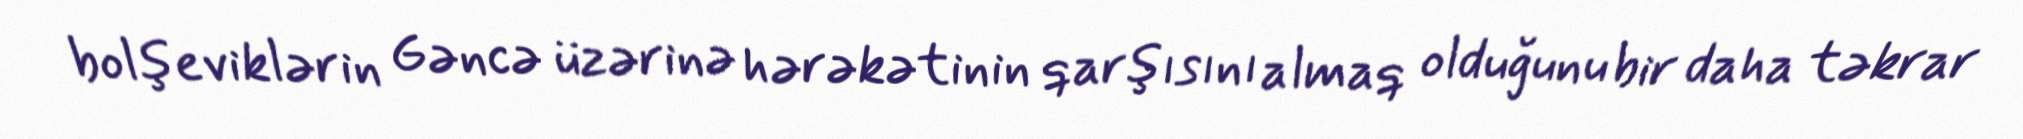
bolşeviklərin Gəncə üzərinə hərəkətinin qarşısını almaq olduğunu bir daha təkrar